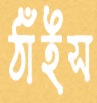
ঠাঁইস